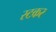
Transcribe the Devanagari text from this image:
रटकर